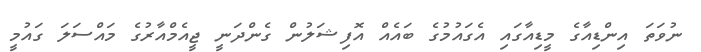
ނުވަތަ އިންޑިއާގެ މީޑިއާގައި އެގައުމުގެ ބައެއް އޮފިޝަލުން ގެންދަނީ ޖީއެމްއާރުގެ މައްސަލަ ގައުމީ